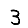
Digit: 3